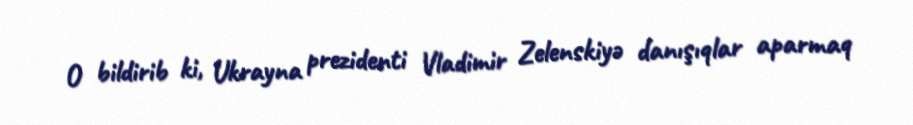
O bildirib ki, Ukrayna prezidenti Vladimir Zelenskiyə danışıqlar aparmaq